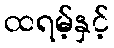
ထရမ့်နှင့်